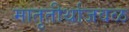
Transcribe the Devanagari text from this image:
मातृतीर्थाजवळ